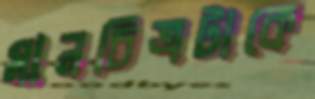
মানচিত্রটাকে